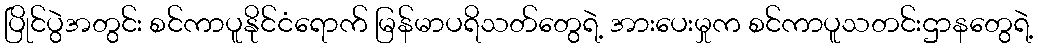
ပြိုင်ပွဲအတွင်း စင်ကာပူနိုင်ငံရောက် မြန်မာပရိသတ်တွေရဲ့ အားပေးမှုက စင်ကာပူသတင်းဌာနတွေရဲ့